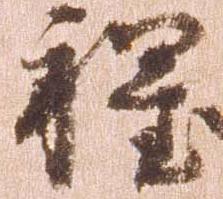
程